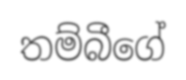
තම්බීගේ